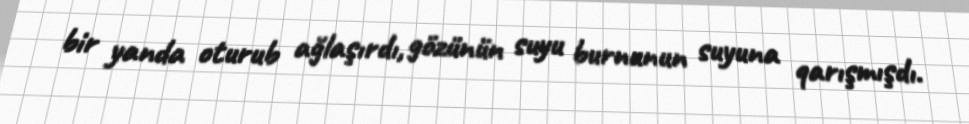
bir yanda oturub ağlaşırdı, gözünün suyu burnunun suyuna qarışmışdı.